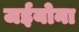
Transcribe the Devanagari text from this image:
जईयोना